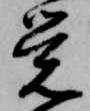
覚